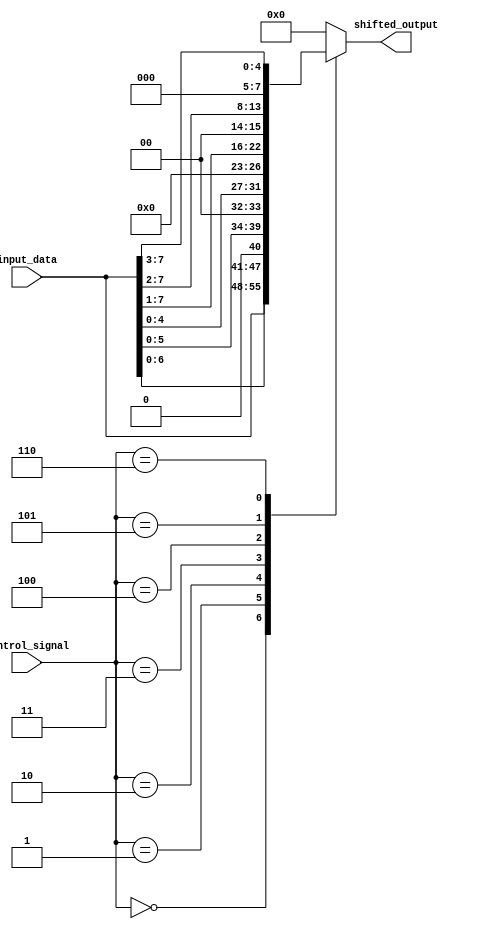
module barrel_shifter (
    input [7:0] input_data,
    input [2:0] control_signal,
    output [7:0] shifted_output
);

reg [7:0] segment1, segment2, segment3, segment4;

always @ (*) begin
    case(control_signal)
        3'b000: begin // No shift
            segment1 = input_data[7:0];
        end
        3'b001: begin // Shift left by 1
            segment1 = {input_data[6:0], 1'b0};
        end
        3'b010: begin // Shift left by 2
            segment1 = {input_data[5:0], 2'b00};
        end
        3'b011: begin // Shift left by 3
            segment1 = {input_data[4:0], 3'b000};
        end
        3'b100: begin // Shift right by 1
            segment1 = {1'b0, input_data[7:1]};
        end
        3'b101: begin // Shift right by 2
            segment1 = {2'b00, input_data[7:2]};
        end
        3'b110: begin // Shift right by 3
            segment1 = {3'b000, input_data[7:3]};
        end
        default: begin
            segment1 = 8'b0; // Default to no shift
        end
    endcase
end

assign shifted_output = segment1;

endmodule